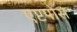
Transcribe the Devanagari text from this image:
एप्टपोस